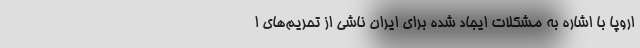
اروپا با اشاره به مشکلات ایجاد شده برای ایران ناشی از تحریم‌های ا